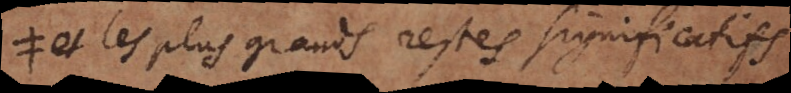
et les plus grands restes significatifs